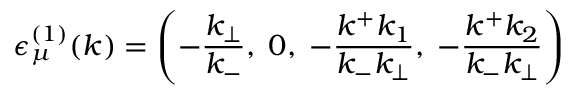
{ \epsilon } _ { \mu } ^ { ( 1 ) } ( k ) = \left( - \frac { k _ { \bot } } { k _ { - } } , \; 0 , \; - \frac { k ^ { + } k _ { 1 } } { k _ { - } k _ { \bot } } , \; - \frac { k ^ { + } k _ { 2 } } { k _ { - } k _ { \bot } } \right)